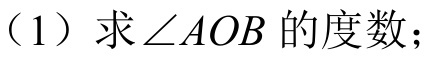
（1）求\(\angle AOB\)的度数；